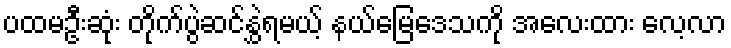
ပထမဦးဆုံး တိုက်ပွဲဆင်နွှဲရမယ့် နယ်မြေဒေသကို အလေးထား လေ့လာ